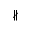
\nparallel